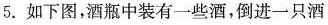
5.如下图，酒瓶中装有一些酒，倒进一只酒